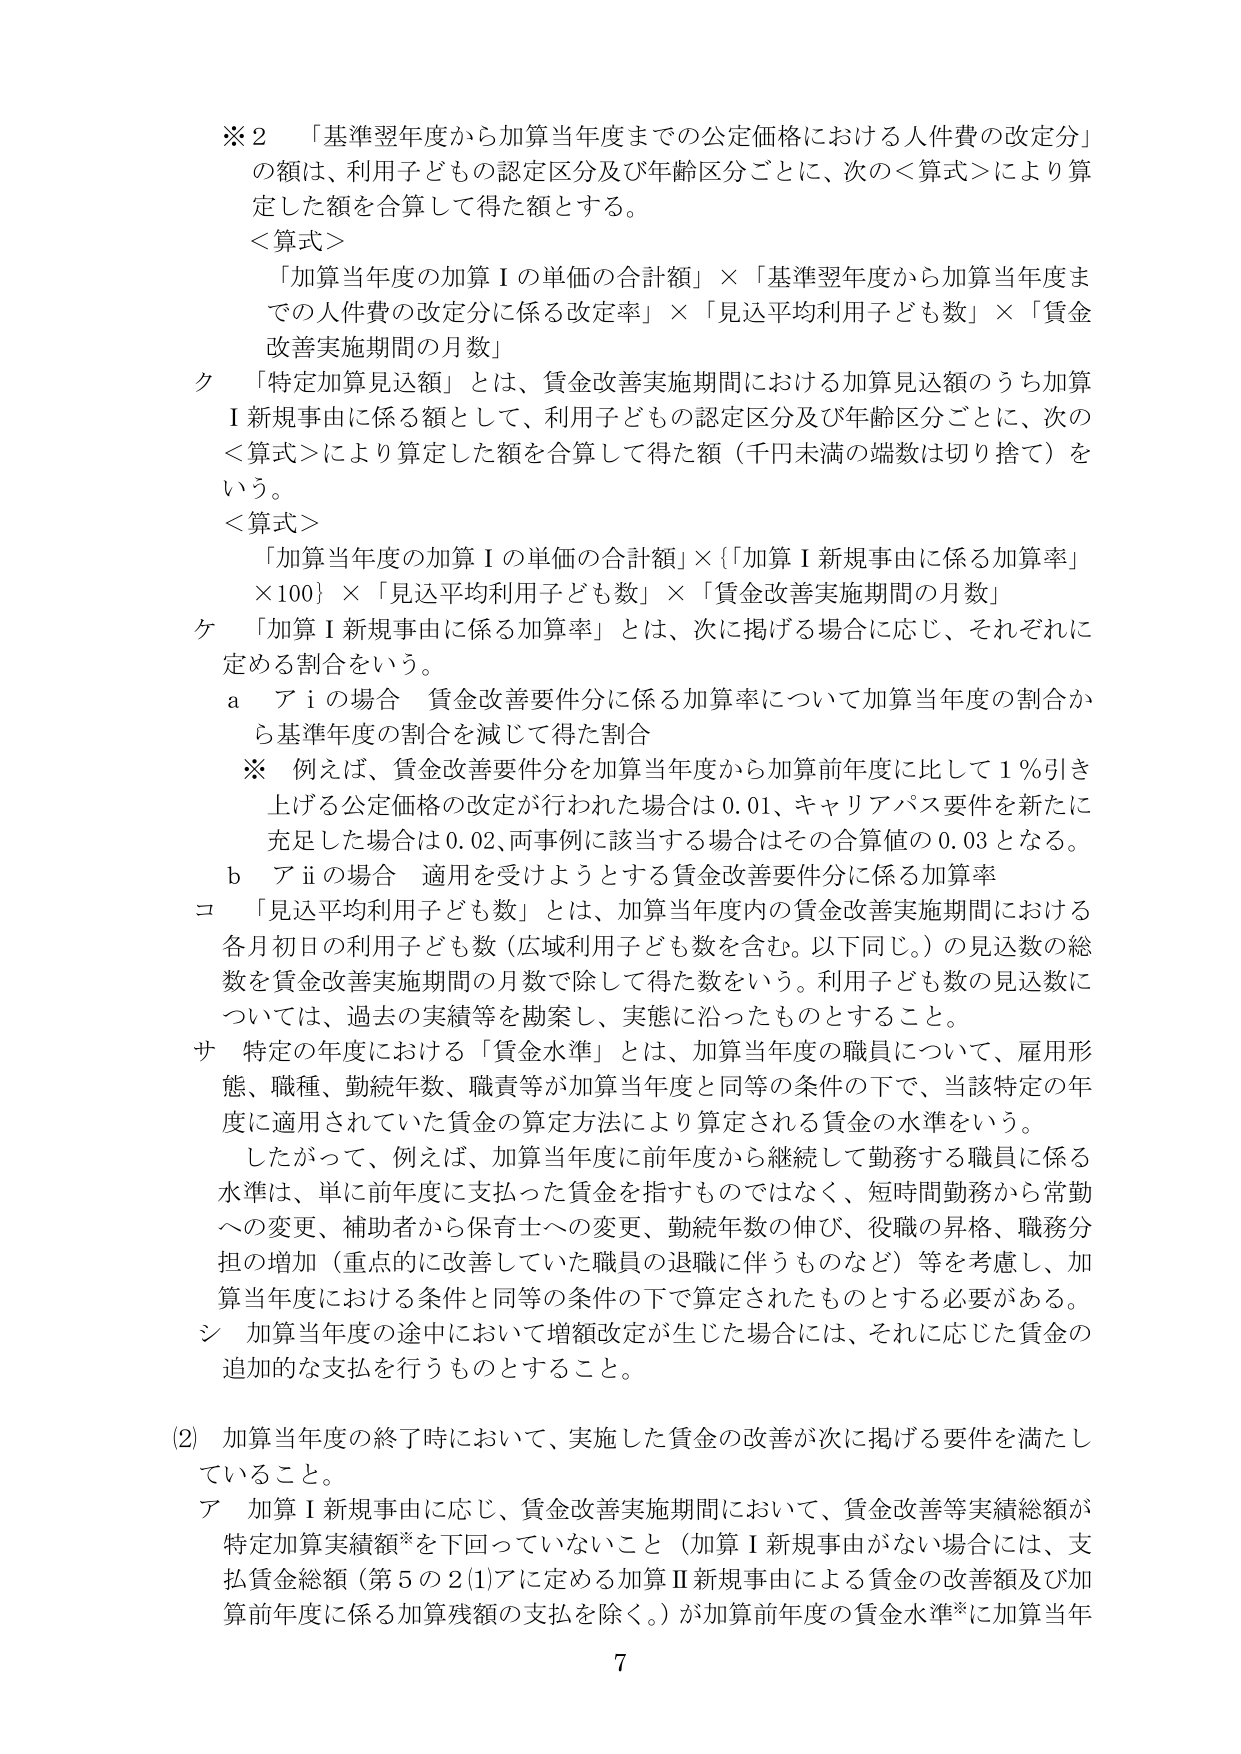
※２　「基準翌年度から加算当年度までの公定価格における人件費の改定分」
の額は、利用子どもの認定区分及び年齢区分ごとに、次の＜算式＞により算
定した額を合算して得た額とする。
＜算式＞
　「加算当年度の加算Ⅰの単価の合計額」×「基準翌年度から加算当年度ま
での人件費の改定分に係る改定率」×「見込平均利用子ども数」×「賃金
改善実施期間の月数」
ク　「特定加算見込額」とは、賃金改善実施期間における加算見込額のうち加算
Ⅰ新規事由に係る額として、利用子どもの認定区分及び年齢区分ごとに、次の
＜算式＞により算定した額を合算して得た額（千円未満の端数は切り捨て）を
いう。
＜算式＞
　「加算当年度の加算Ⅰの単価の合計額」×｛「加算Ⅰ新規事由に係る加算率」
　×100｝×「見込平均利用子ども数」×「賃金改善実施期間の月数」
ケ　「加算Ⅰ新規事由に係る加算率」とは、次に掲げる場合に応じ、それぞれに
定める割合をいう。
　ａ　アⅰの場合　賃金改善要件分に係る加算率について加算当年度の割合か
　　ら基準年度の割合を減じて得た割合
　　※　例えば、賃金改善要件分を加算当年度から加算前年度に比して１％引き
　　上げる公定価格の改定が行われた場合は0.01、キャリアパス要件を新たに
　　充足した場合は0.02、両事例に該当する場合はその合算値の0.03となる。
　　ｂ　アⅱの場合　適用を受けようとする賃金改善要件分に係る加算率
コ　「見込平均利用子ども数」とは、加算当年度内の賃金改善実施期間における
　各月初日の利用子ども数（広域利用子ども数を含む。以下同じ。）の見込数の総
　数を賃金改善実施期間の月数で除して得た数をいう。利用子ども数の見込数に
　ついては、過去の実績等を勘案し、実態に沿ったものとすること。
サ　特定の年度における「賃金水準」とは、加算当年度の職員について、雇用形
　態、職種、勤続年数、職責等が加算当年度と同等の条件の下で、当該特定の年
　度に適用されていた賃金の算定方法により算定される賃金の水準をいう。
　　したがって、例えば、加算当年度に前年度から継続して勤務する職員に係る
　水準は、単に前年度に支払った賃金を指すものではなく、短時間勤務から常勤
　への変更、補助者から保育士への変更、勤続年数の伸び、役職の昇格、職務分
　担の増加（重点的に改善していた職員の退職に伴うものなど）等を考慮し、加
　算当年度における条件と同等の条件の下で算定されたものとする必要がある。
シ　加算当年度の途中において増額改定が生じた場合には、それに応じた賃金の
　追加的な支払を行うものとすること。

(2)　加算当年度の終了時において、実施した賃金の改善が次に掲げる要件を満たし
ていること。
　ア　加算Ⅰ新規事由に応じ、賃金改善実施期間において、賃金改善等実績総額が
　　特定加算実績額※を下回っていないこと（加算Ⅰ新規事由がない場合には、支
　　払賃金総額（第5の2(1)アに定める加算Ⅱ新規事由による賃金の改善額及び加
　　算前年度に係る加算残額の支払を除く。）が加算前年度の賃金水準※に加算当年

7